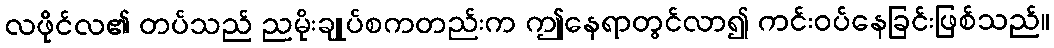
လဖိုင်လ၏ တပ်သည် ညမိုးချုပ်စကတည်းက ဤနေရာတွင်လာ၍ ကင်းဝပ်နေခြင်းဖြစ်သည်။